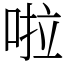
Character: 啦